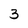
Character: 3